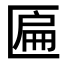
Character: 匾